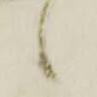
候